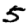
Digit: 5